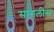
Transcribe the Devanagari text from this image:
सांगलीस